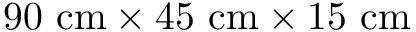
9 0 ~ \mathrm { c m } \times 4 5 ~ \mathrm { c m } \times 1 5 ~ \mathrm { c m }